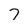
Character: 7